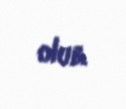
olub.